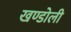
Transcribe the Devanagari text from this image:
खण्डोली